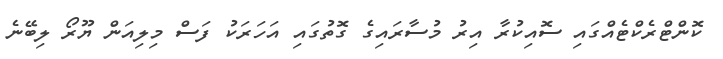
ކޮންޓްރެކްޓެއްގައި ސޮއިކުރާ އިރު މުސާރައިގެ ގޮތުގައި އަހަރަކު ފަސް މިލިއަން ޔޫރޯ ލިބޭނެ